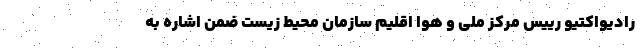
رادیواکتیو رییس مرکز ملی و هوا اقلیم سازمان محیط زیست ضمن اشاره به